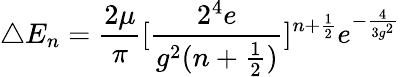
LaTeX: \triangle E_{n}=\frac{2\mu}{\pi}[\frac{2^{4}e}{g^{2}(n+\frac{1}{2})}]^{n+\frac{1}{2}}e^{-\frac{4}{3g^{2}}}